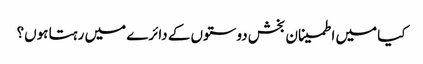
کیا میں اطمینان بخش دوستوں کے دائرے میں رہتا ہوں؟